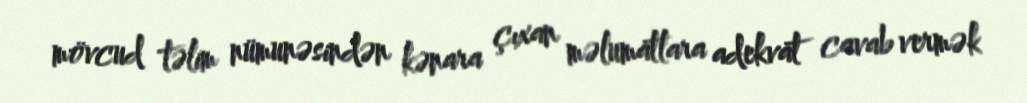
mövcud təlim nümunəsindən kənara çıxan məlumatlara adekvat cavab vermək